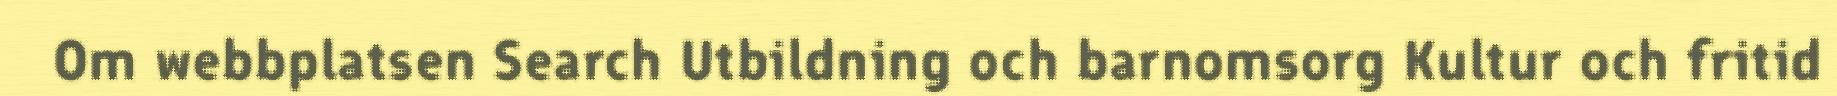
Om webbplatsen Search Utbildning och barnomsorg Kultur och fritid